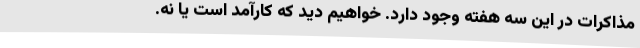
مذاکرات در این سه هفته وجود دارد. خواهیم دید که کارآمد است یا نه.